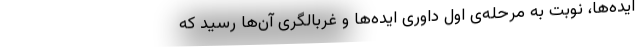
ایده‌ها، نوبت به مرحله‌ی اول داوری ایده‌ها و غربالگری آن‌ها رسید که